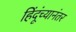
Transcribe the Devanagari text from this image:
हिंदूंच्यानंतर